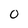
Character: 0